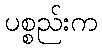
ပစ္စည်းက